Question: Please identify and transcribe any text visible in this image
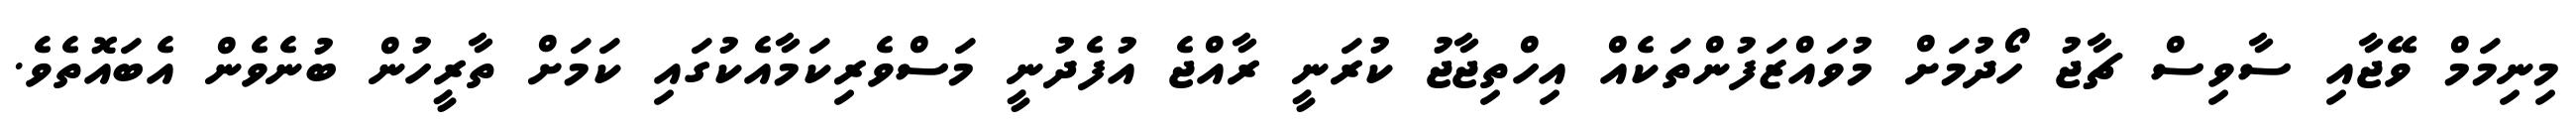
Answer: މިނިމަމް ވޭޖާއި ސާވިސް ޗާޖު ހޯދުމަށް މުވައްޒަފުންތަކެއް އިހްތިޖާޖު ކުރަނީ ރާއްޖެ އުފެދުނީ މަސްވެރިކަމާއެކުގައި ކަމަށް ތާރީހުން ބުނެވެން އެބައޮތެވެ.